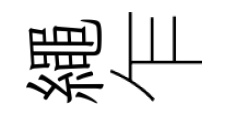
繩乍